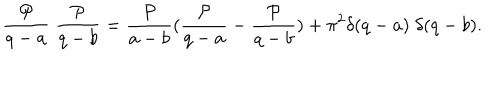
LaTeX: \frac { { \cal P } } { q - a } \; \frac { { \cal P } } { q - b } = \frac { { \cal P } } { a - b } ( \frac { { \cal P } } { q - a } - \frac { { \cal P } } { q - b } ) + \pi ^ { 2 } \delta ( q - a ) \; \delta ( q - b ) .